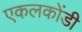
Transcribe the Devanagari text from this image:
एकलकोंडी